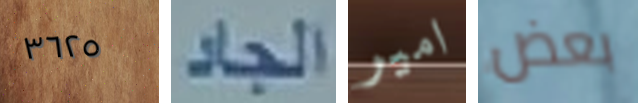
٣٦٢٥ الجاد امير بعض